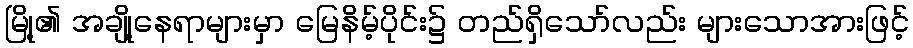
မြို့၏ အချို့နေရာများမှာ မြေနိမ့်ပိုင်း၌ တည်ရှိသော်လည်း များသောအားဖြင့်